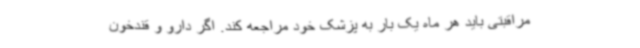
مراقبتی باید هر ماه یک بار به پزشک خود مراجعه کند. اگر دارو و قندخون